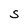
Character: S